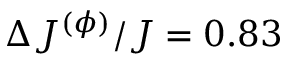
\Delta J ^ { ( \phi ) } / J = 0 . 8 3